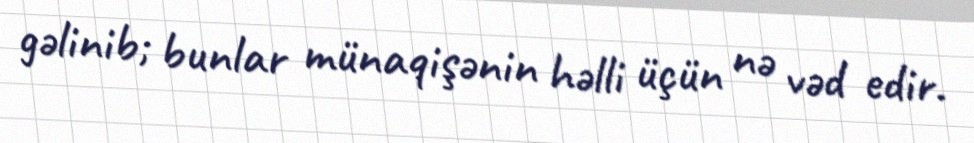
gəlinib; bunlar münaqişənin həlli üçün nə vəd edir.